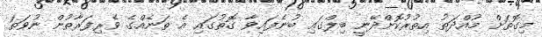
މިގޮތަށް މުއްދަތު އިތުރުކޮށްދޭނީ ބިލްގައި ބުނެފައިވާ ގޮތުގައި އެ ތަނެއްގެ ވެރިފަރާތުން ނުވަތަ